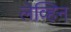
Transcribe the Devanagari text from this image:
लेव्हिन